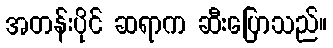
အတန်းပိုင် ဆရာက ဆီးပြောသည်။